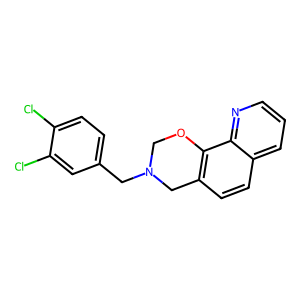
SMILES: Clc1ccc(CN2COc3c(ccc4cccnc34)C2)cc1Cl
Inhibits HIV replication: No